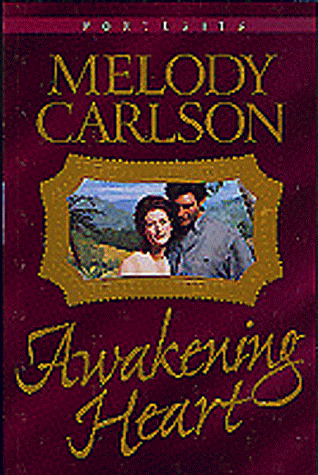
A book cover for Awakening Heart (Portraits Series #1); Melody Carlson; Travel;